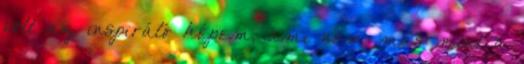
volt az inspiráló képem, ami nem más mint a